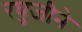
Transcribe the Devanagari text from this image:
रघुजीने